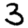
Digit: 3